画像に写った文字を読んでください
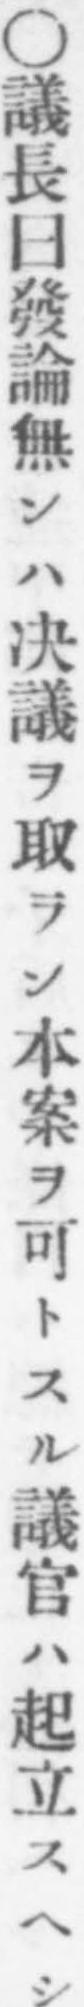
「○議長曰發論無ンハ决議ヲ取ラン本案ヲ可トスル議官ハ起立スヘシ」と書いてあります